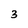
Character: 3